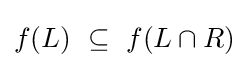
f(L)~\subseteq ~f(L\cap R)